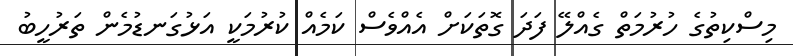
މިސްކިތުގެ ހުރުމަތް ގެއްލޭ ފަދަ ގޮތަކަށް އެއްވެސް ކަމެއް ކުރުމަކީ އަޅުގަނޑުމެން ތަރުހީބު